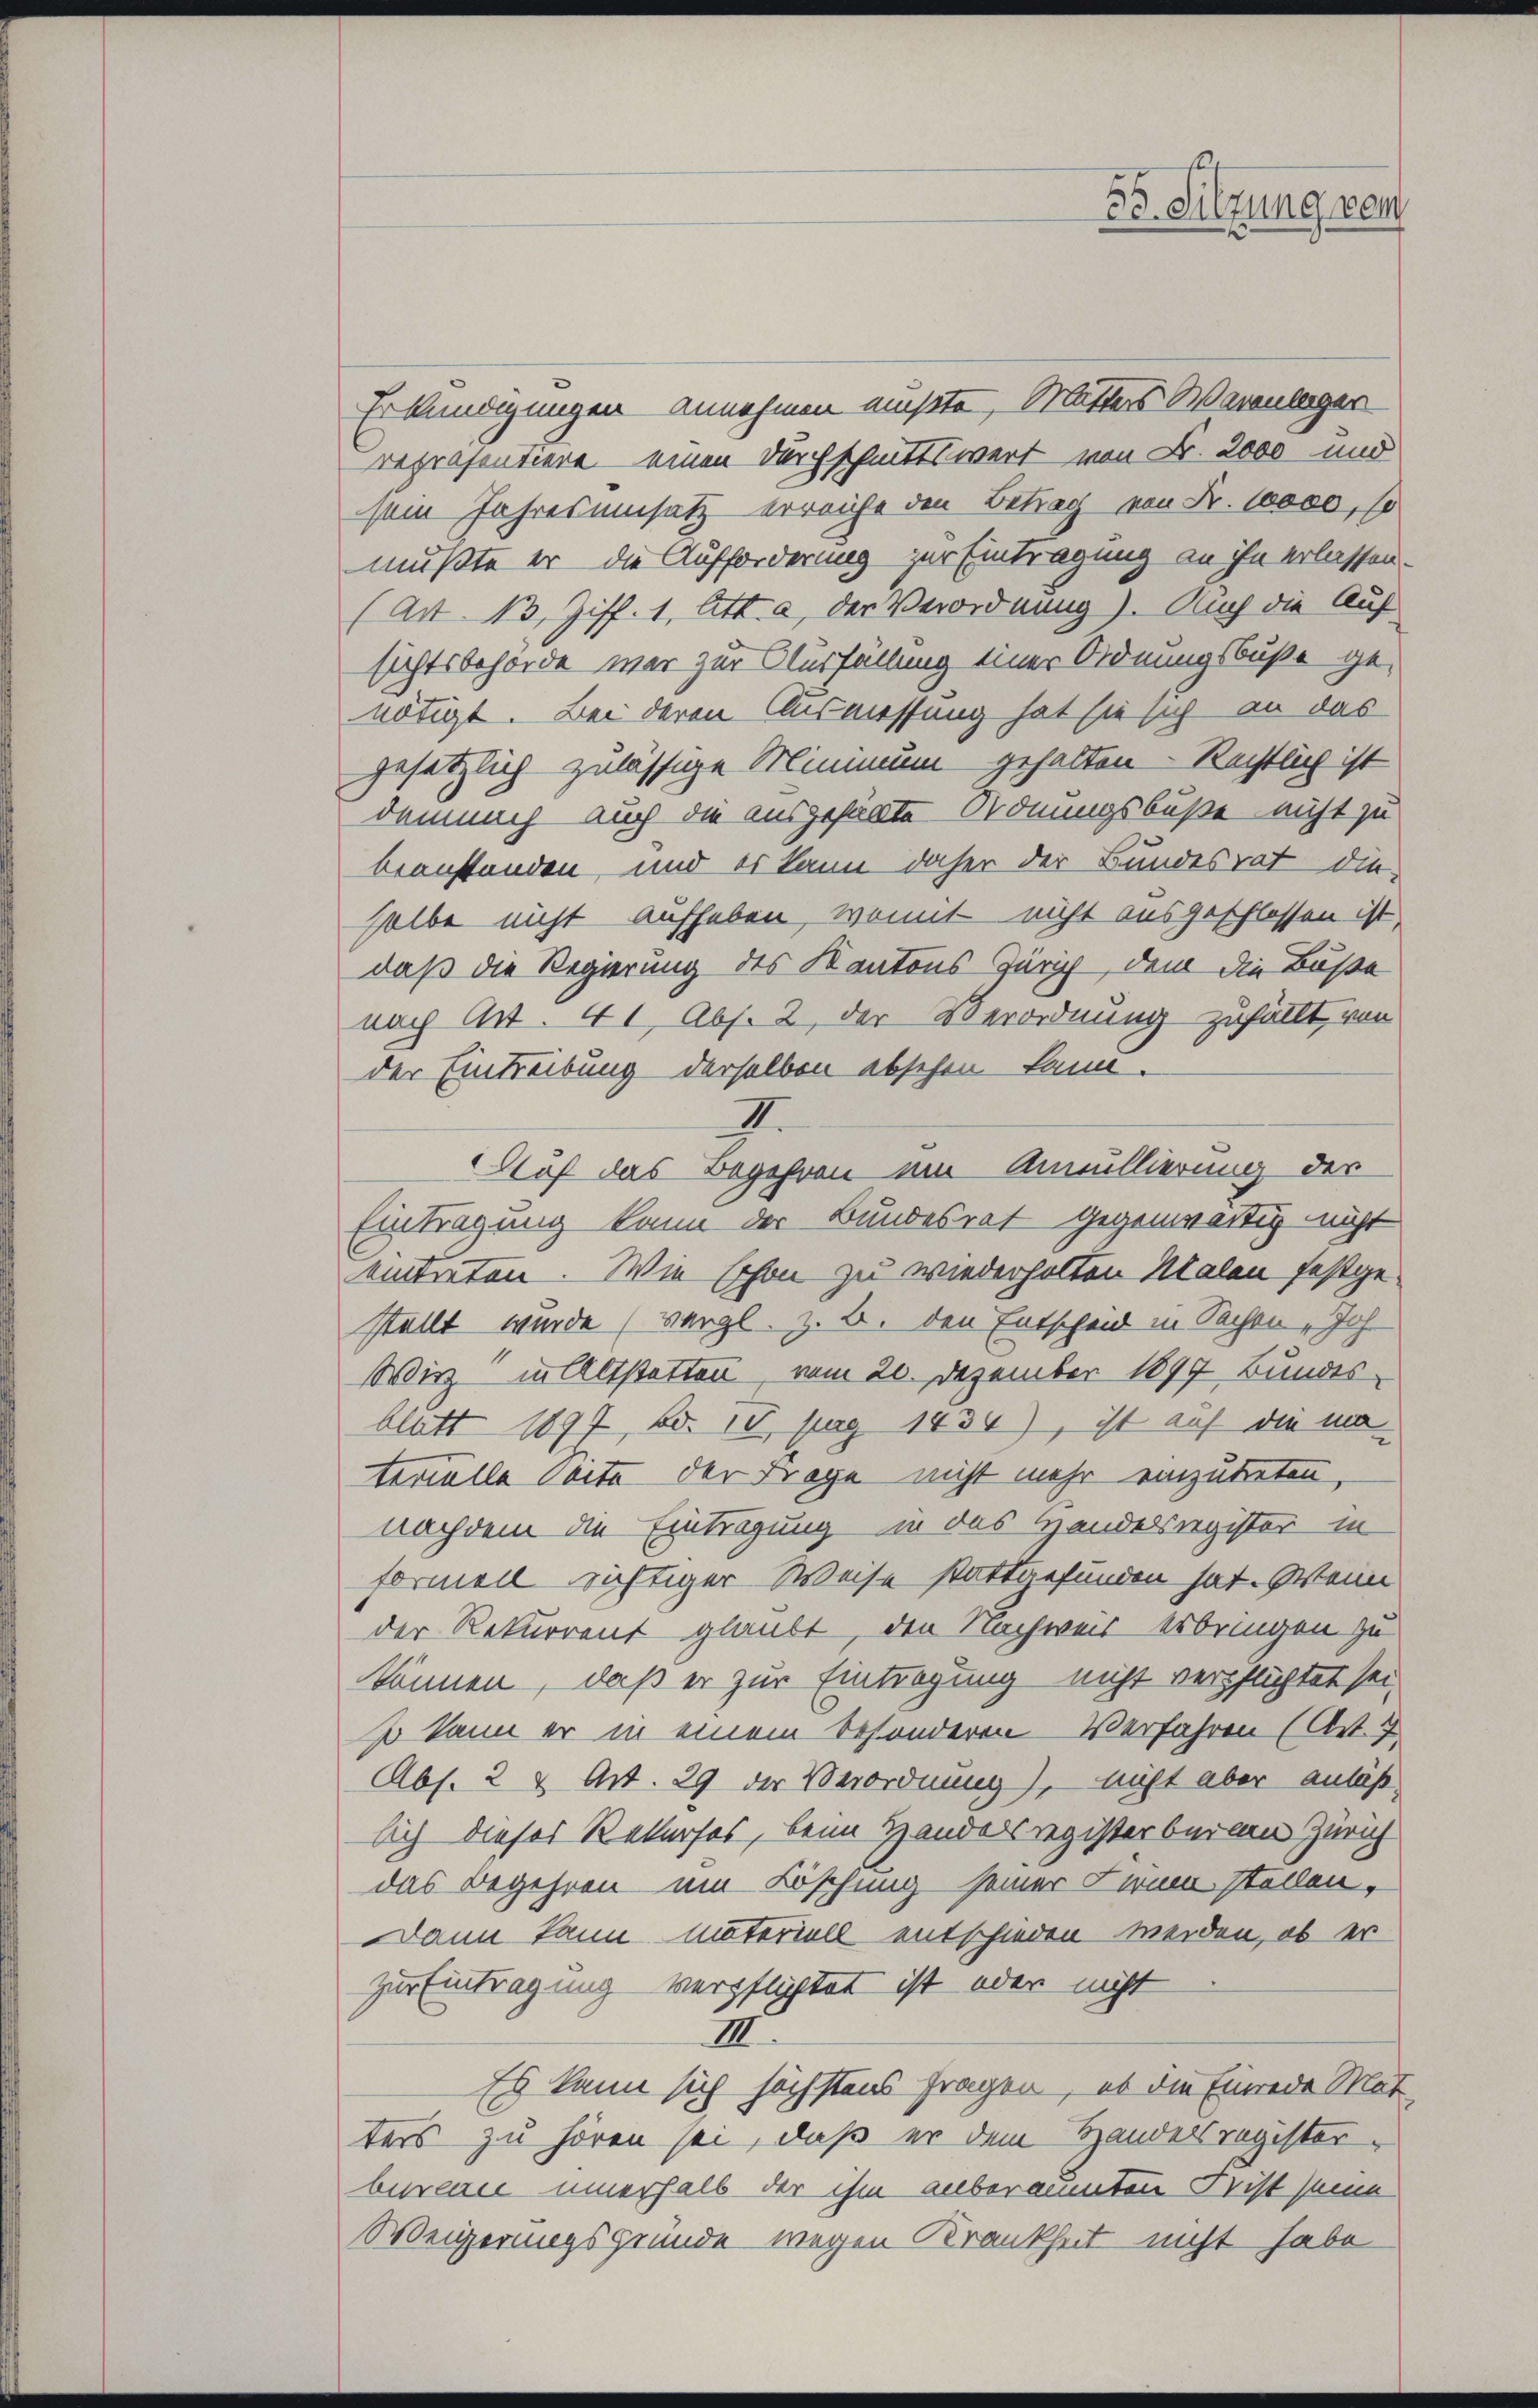
35. Sitzung wen

Erkundigungen annehmen müßte, Mutters Warenlager
repräsentiere einen Durchschnittswert von B. 2000 und
sem Jahresumsatz erreiche den Betrag von Fr. 10000, so
mußte er die Aufforderung zur Eintragung an ihn erlassen.
(Art. 13, Ziff. 1, Att. a, der Verordnung). Auch die Auf-
sichtsbehörde war zur Ausfüllung einer Ordnungsbuße genötigt. Bei deren Ausmessung hat sie sich an das
gesetzlich zulässige Mimmun gehalten - Rechtlich ist
demnach auch die ausgehalte Ordnungsbuße nicht zu
beanstanden, und es kann daher der Bundesrat die
halbe nicht aufheben, womit nicht ausgeschlossen ist
daß die Regierung des Kantons Zürich, dem die Buße
nach Art. 41, Abs. 2, der Verordnung zufällt, von
der Eintreibung derselben absehen kann.
9.
Auf das Begehren ein Annullierung der
Eintragung kann der Bundesrat gegenwärtig nicht
eintreten. Wie schon zu wiederholten Malen festgestellt wurde (vergl. z. B. den Entscheid in Sachen Joh.
Wirz in Altstatten, vom 20. Dezember 1899 Bundes-
blatt 1897, Bd. 30. pag 1434), ist auf die mi
terolle Seite der Frage nicht mehr einzutreten,
nachdem die Eintragung in das Handelsregister in
formel richtiger Weise stattgefunden hat. Wenn
der Rekurrent glaubt, den Nachweis erbringen zu
können, daß er zur Eintragung nicht verpflichtet sei,
so kann er in einem besonderen Verfahren (Art. 7.
Abs. 2 2 Art. 29 der Verordnung), nicht aber anläß
lich dieses Rekurses, beim Handelsregister beiden Zürich
das Begehren ein Löschung seiner Zwica stellen,
Dann kann materiell entschieden werden, ob er
zur Eintragung verpflichtet ist oder nicht
III.
Es kann sich höchstens fragen, es die Einrede Mat
ters zu hören sei, daß er dem Handelsregister-
bureau innerhalb der ihm anberamten Frist seine
Weigerungsgründe wegen Krankheit nicht habe